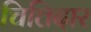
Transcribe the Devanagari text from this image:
चित्तिदार